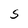
Character: S